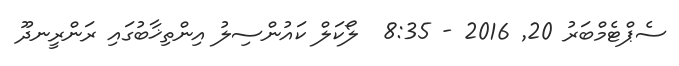
ސެޕްޓެމްބަރު 20